Report on vaccination in Madras 1904-1921 - 1904-1921
Year: 1904
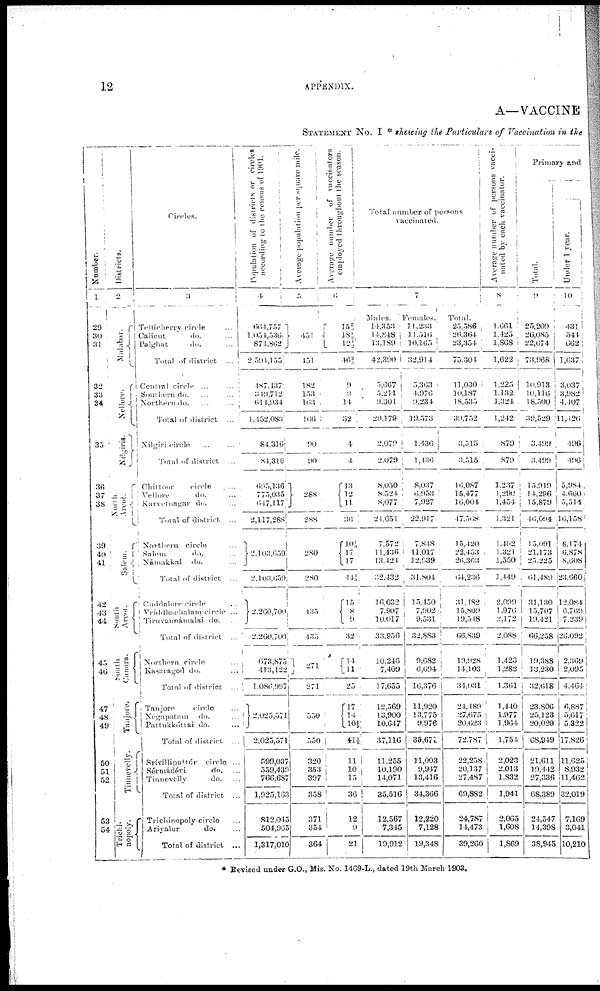
12
APPENDIX.
A—VACCINE
STATEMENT No. I * Showing the Particulars of Vaccination in the
Number.
1
29
30
31
32
33
34
35
36
37
38
39
40
41
42
43
44
45
46
47
48
49
50
51
52
53
54
Districts.
2
Malabar.
Nellore.
Nilgiris.
North
Arcot.
Salem.
North
Arcot.
South
Canara.
Tanjure.
Tinnevelly.
Trichi¬
nopoly.
Circles.
3
Tellicherry circle ...
Calicut
do. ...
Palghat
do. ...
Total of district ...
Central circle ... ...
Southern do. ... ...
Northern do. ... ...
Total of district ...
Nilgiri circle ... ...
Total of district. ...
Chittoor
circle ... ...
Vellore
do. ... ...
Karvet nagar do. ... ...
Total of district ...
Northern circle ...
Salem
do. ...
Námakkal
do. ...
Total of district ...
Cuddalore circle ...
Vriddhachalam circle ...
Tiruvannámalai do. ...
Total of district
Northern circle ...
Kasaragod do. ...
Total of district
Tanjore
circle ...
Negapatam
do. ...
Pattukkóttai do. ...
Total of district ...
Srívilliputtúr circle ...
Sérmádévi do. ...
Tinnevelly
do. ...
Total of district ...
Trichinopoly circle ...
Ariyalur
do. ...
Total of district ...
Population of districts or circles
according to the census of 1901.
4
661,757
l,054,536
874,862
2,594,155
487,437
349,712
614,934
1,452,083
84,316
81,316
695,136
775,035
647,117.
2,117,288
2,103,659
2,103,659
2,260,700
2,260,700
673,875
413,122
1,086,997
2,025,571
2,025,571
599,037
559,439
766,687
1,925,163
812,045
504,965
1,317,010
Average population per square mile.
5
451
451
182
153
163
166
90
90
288
288
280
280
435
435
271
271
550
550
320
353
397
358
371
354
364
Average number of vaccinators
employed throughout the season.
6
15 2/3
18½
12½
46 2/3
9
3
14
32
4
4
13
12
11
36
10 1/3
17
17
44 1/3
15
8
9
32
14
11
25
17 14
10½
41½
11
10
15
36
12
9
21
Total number of persons
vaccinated.
7
Males.
14,353
14,848
13,189
42,390
5,667
5,211
9,301
20,179
2,079
2,079
8,050
8,524
8,077
24,651
7,572
11,436
13,424
32,432
16,032
7,907
10,017
33,956
10,246
7,409
17,655
12,569
13,900
10,647
37,116
11,255
10,190
14,071
35,516
12,567
7,345
19,912
Females.
11,233
11,516
10,165
32,914
5,363
4,976
9,234
19,573
1,436
1,436
8,037
6,953
7,927
22,917
7,818
11,017
12,939
31,804
15,450
7,902
9,531
32,883
9,682
6,694
16,376
11,920
13,775
9,976
36,671
11,003
9,947
13,416
34,366
12,220
7,128
19,348
Total.
25,586
20,364
23,354
75,301
11,030
10,187
18,535
39,752
3,515
3,515
16,087
15,477
16,004
47,568
15,420
22,453
26,363
64,236
31,482
15,809
19,518
66,839
19,928
14,103
31,031
24,489
27,675
20,623
72,787
22,258
20,137
27,487
69,882
24,787
14,473
39,260
Average number of persons vacci-
nated by each vaccinator.
8
1,661
1,425
1,868
1,622
1,225
1,132
1,324
1,242
879
879
1,237
1,290
1,454
1,321
1,492
1,321
1,550
1,449
2,099
1,976
2,172
2,088
1,423
1,282
1,361
1,440
1,977
1,964
1,754
2,023
2,013
1,832
1,941
2,065
1,608
1,869
Primary and
Total.
9
25,209
26,085
22,674
73,968
10,913
10,116
18,500
39,529
3,499
3,499
15,919
14,296
15,879
46,694
15,091
21,173
25,225
61,489
31,130
15,707
19,421
66,258
19,388
13,230
32,018
23,806
25,123
20,020
68,949
21,611
19,442
27,336
68,389
24,547
14,398
38,945
Under 1 year.
10
431
544
662
1,637
3,037
3,982
4,407
11,426
496
496
5,984
4,660
5,514
16,158
8,174
6,878
8,608
23,660
12,084
6,769
7,239
26,092
2,309
2,095
4,464
6,887
5,617
5,322
17,826
11,625
8,932
11,462
32,019
7,169
3,041
10,210
* Revised under G.O., Mis. No. 1469-L., dated 19th March 1903.